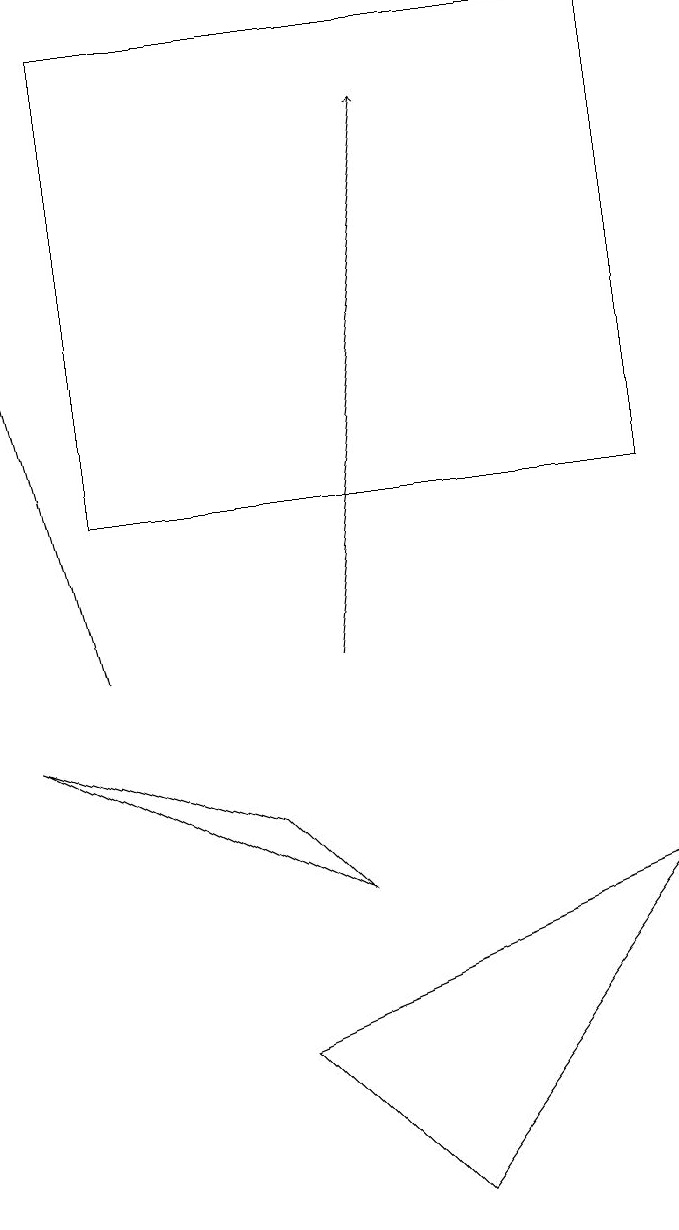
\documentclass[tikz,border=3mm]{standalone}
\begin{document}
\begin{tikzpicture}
\draw (5,3) -- (8,7) -- (3,5) -- cycle;
\draw (8,12) rectangle (1,18);
\draw[->] (4,10) -- (5,17);
\draw (0,9) -- (3,8) -- (4,7) -- cycle;
\draw[->] (1,10) -- (0,14);
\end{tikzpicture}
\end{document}